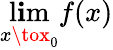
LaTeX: \operatorname*{l\mathbf{i}m}_{x\tox_{0}}f(x)